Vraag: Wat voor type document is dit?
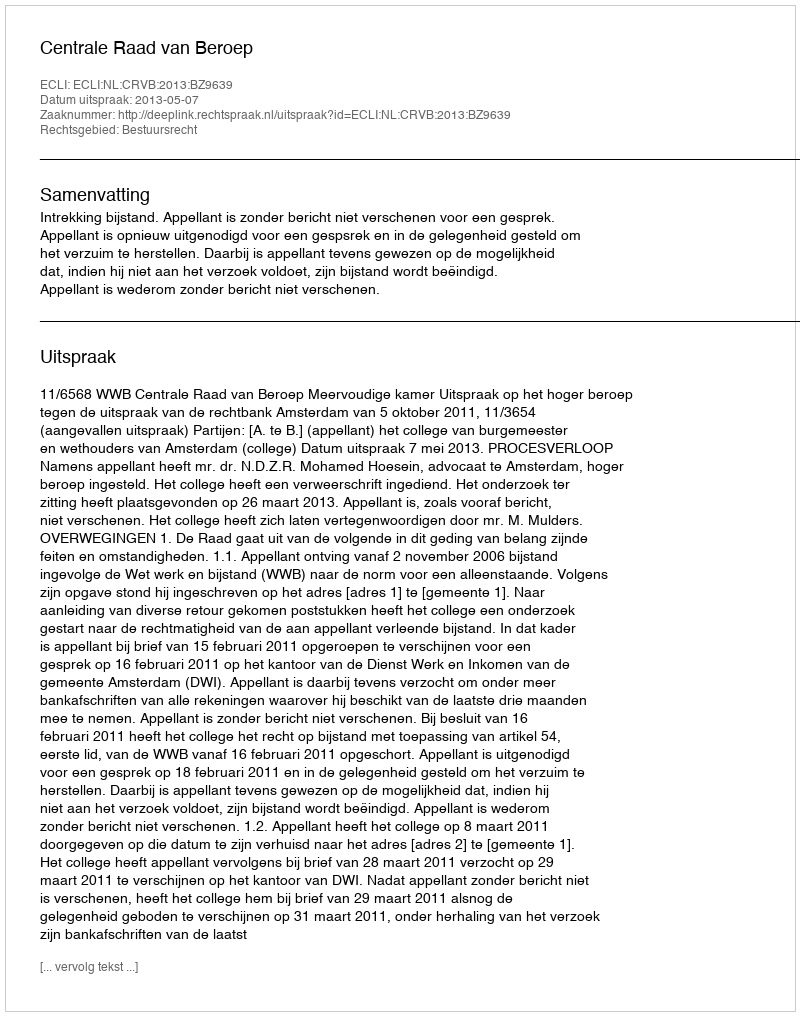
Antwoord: Uitspraak